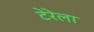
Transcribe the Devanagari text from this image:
टेरेला